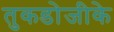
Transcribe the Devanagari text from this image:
तुकडोजीके